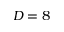
D = 8